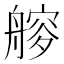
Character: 𦪁